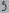
Text: 9